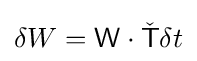
\delta W={\mathsf {W}}\cdot {\check {\mathsf {T}}}\delta t